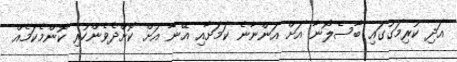
އަދި ކުރިމަގުގައި ބާސެލޯނާ އަށް އަންނާނެ ކަމަށާއި އޭނާ އަށް ކޮށްދެވެންހުރި ކޮންމެކަމެއް